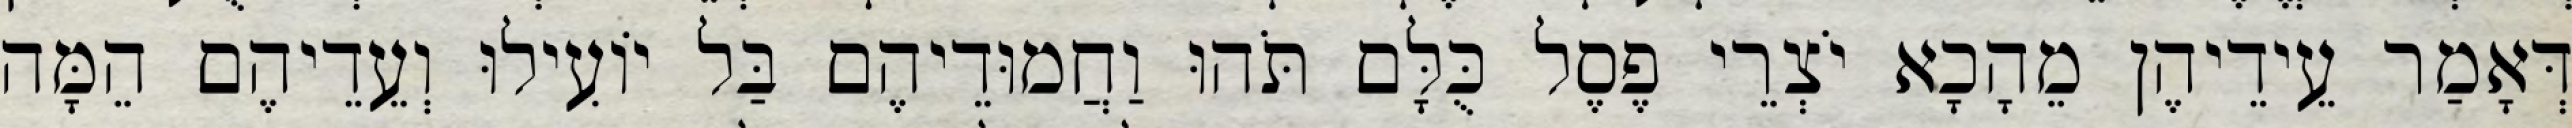
דְּאָמַר עֵידֵיהֶן מֵהָכָא יֹצְרֵי פֶסֶל כֻּלָּם תֹּהוּ וַחֲמוּדֵיהֶם בַּל יוֹעִילוּ וְעֵדֵיהֶם הֵמָּה